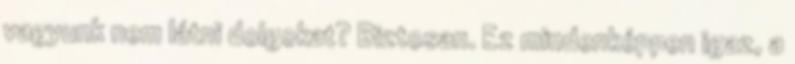
vagyunk nem látni dolgokat? Biztosan. Ez mindenképpen igaz, a